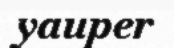
yauper